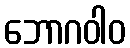
ဘောဂဝါဝ